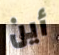
أين